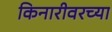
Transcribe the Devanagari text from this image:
किनारीवरच्या